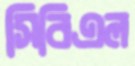
সিবিএল